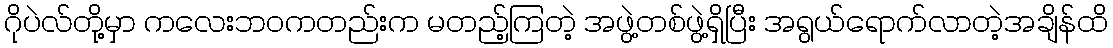
ဂိုပဲလ်တို့မှာ ကလေးဘဝကတည်းက မတည့်ကြတဲ့ အဖွဲ့တစ်ဖွဲ့ရှိပြီး အရွယ်ရောက်လာတဲ့အချိန်ထိ